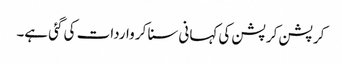
کرپشن کرپشن کی کہانی سنا کر واردات کی گئی ہے۔